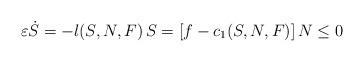
LaTeX: \begin{align*}\varepsilon\dot{S}=- l(S,N,F)\, S = \left[f - c_1(S,N,F)\right]N \le 0\end{align*}